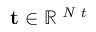
\mathbf { t } \in \mathbb { R } ^ { \textit { N t } }